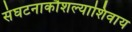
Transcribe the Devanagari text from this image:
संघटनाकौशल्याशिवाय